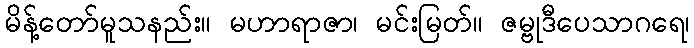
မိန့်တော်မူသနည်း။ မဟာရာဇာ၊ မင်းမြတ်။ ဇမ္ဗုဒီပေသာဂရေ၊